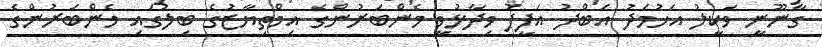
ގާނޫނީ ވަކީލު އަހުމަދު އަބްދު އަފީފު ވިދާޅުވީ މެންބަރުންގެ އިމްތިޔާޒުގެ ބިލުގައި މެންބަރުންގެ